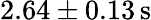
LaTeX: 2.64\pm 0.13\mathrm{\, s}